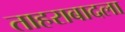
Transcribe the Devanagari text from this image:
ताहराबादला